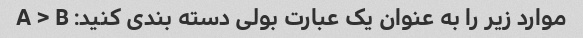
موارد زیر را به عنوان یک عبارت بولی دسته بندی کنید: A > B